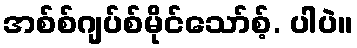
အစ်စ်ဂျပ်စ်မိုင်သော်စ့်. ပါပဲ။